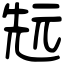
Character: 𠒑